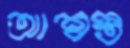
আশ্বস্ত